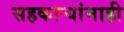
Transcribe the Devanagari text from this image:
सहकार्‍यांनाही